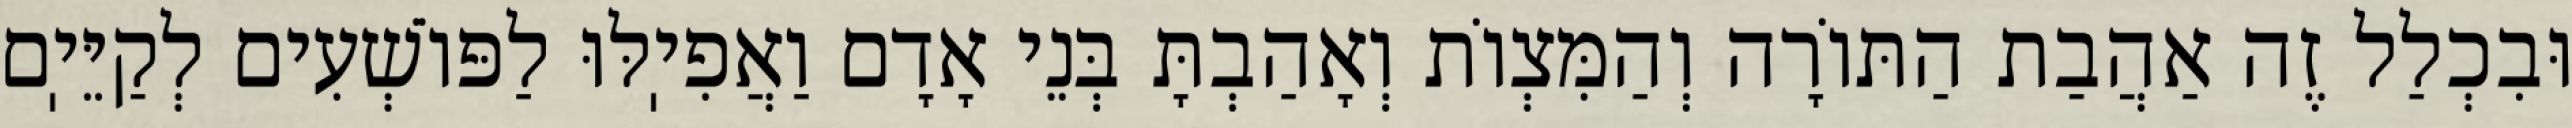
וּבִכְלַל זֶה אַהֲבַת הַתּוֹרָה וְהַמִּצְוֹת וְאָהַבְתָּ בְּנֵי אָדָם וַאֲפִיֽלּוּ לַפּוֹשְׁעִים לְקַיֵּיֽם